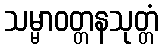
သမ္မာဝတ္တနသုတ္တံ